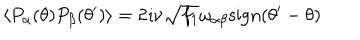
\left\langle P _ { \alpha } ( \theta ) P _ { \beta } ( \theta ^ { \prime } ) \right\rangle = 2 \imath \nu \sqrt { f _ { 1 } } \omega _ { \alpha \beta } \mathrm { s i g n } ( \theta ^ { \prime } - \theta )